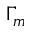
\Gamma _ { m }